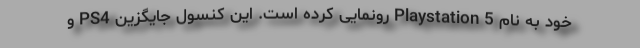
خود به نام Playstation 5 رونمایی کرده است. این کنسول جایگزین PS4 و